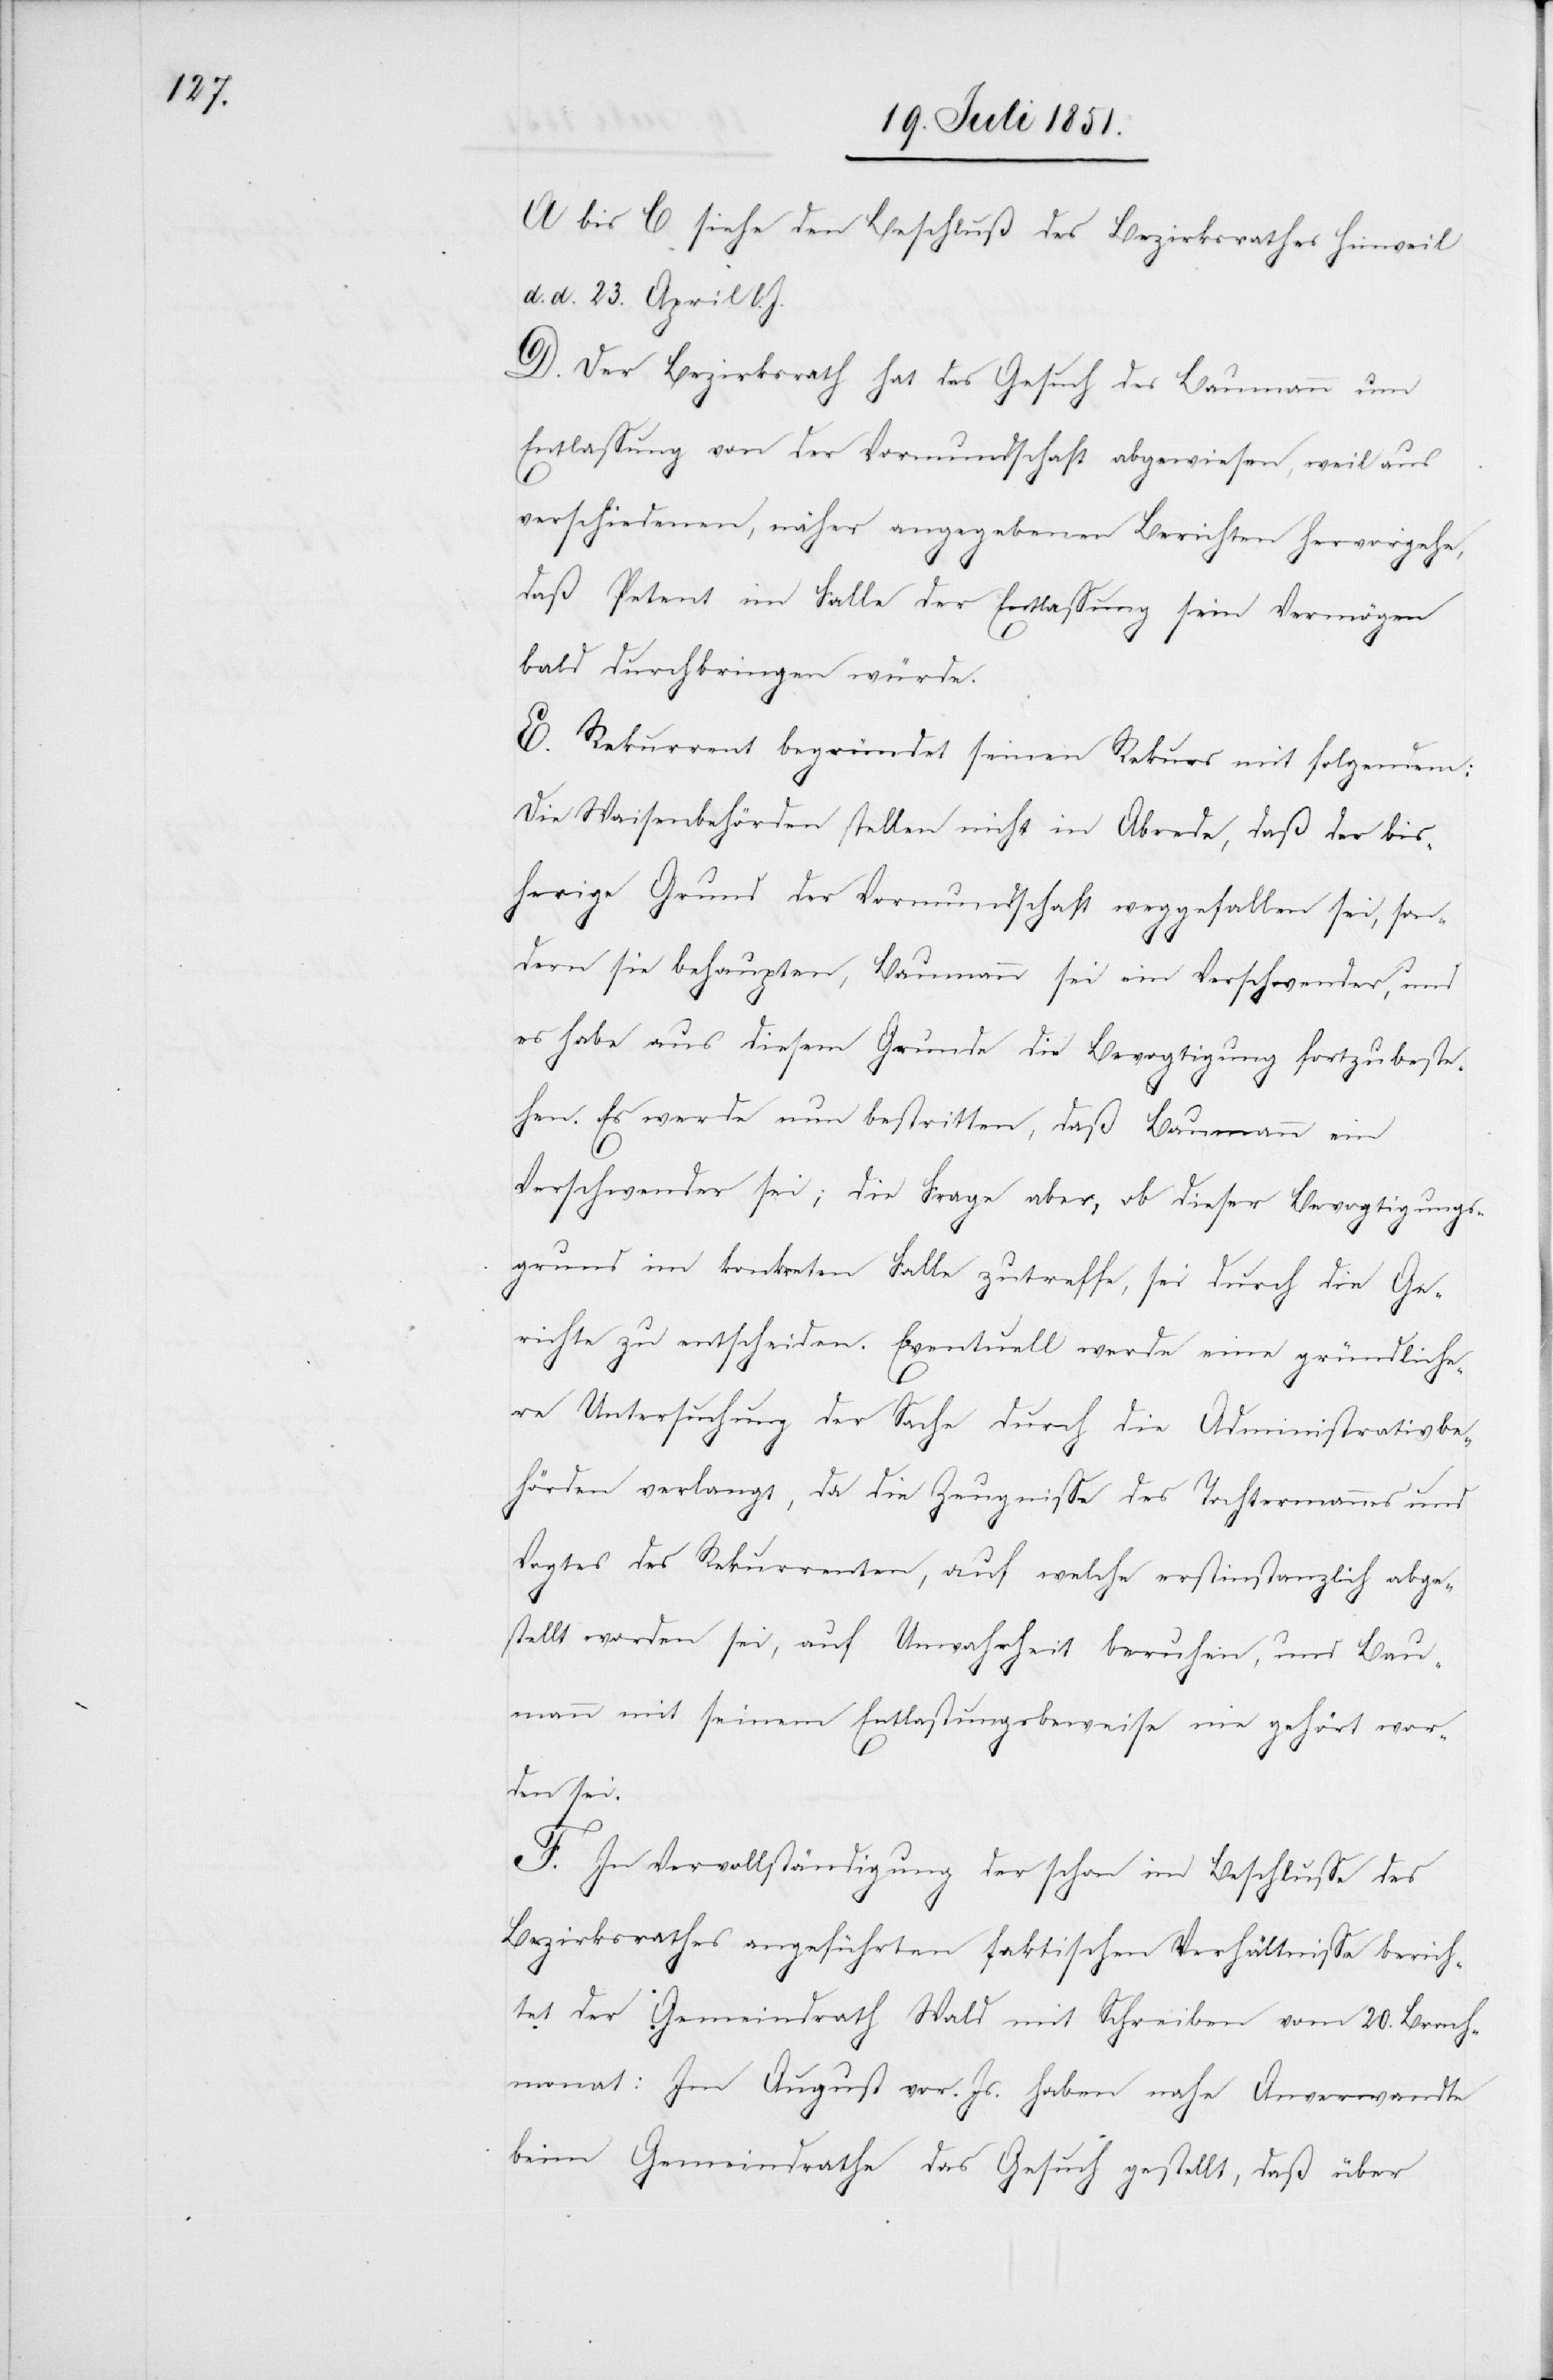
A bis C siehe den Beschluß des Bezirksrathes Hinweil
d. d. 23. April l. J.
D. Der Bezirksrath hat das Gesuch des Baumann um
Entlassung von der Vormundschaft abgewiesen, weil aus
verschiedenen, näher angegebenen Berichten hervorgehe,
daß Petent im Falle der Entlassung sein Vermögen
bald durchbringen würde.
E. Rekurrent begründet seinen Rekurs mit folgendem:
Die Waisenbehörden stellen nicht in Abrede, daß der bis¬
herige Grund der Vormundschaft weggefallen sei, son¬
dern sie behaupten, Baumann sei ein Verschwender, und
es habe aus diesem Grunde die Bevogtigung fortzubeste¬
hen. Es werde nun bestritten, daß Baumann ein
Verschwender sei; die Frage aber, ob dieser Bevogtigungs¬
grund im konkreten Falle zutreffe, sei durch die Ge¬
richte zu entscheiden. Eventuell werde eine gründliche¬
re Untersuchung der Sache durch die Administrativbe¬
hörden verlangt, da die Zeugnisse des Tochtermannes und
Vogtes des Rekurrenten, auf welche erstinstanzlich abge¬
stellt worden sei, auf Unwahrheit beruhen, und Bau¬
mann mit seinem Entlastungsbeweise nie gehört wor¬
den sei.
F. In Vervollständigung der schon im Beschlusse des
Bezirksrathes angeführten faktischen Verhältnisse berich¬
tet der Gemeindrath Wald mit Schreiben vom 20. Brach¬
monat: Im August vor. Js. haben nahe Anverwandte
beim Gemeindrathe das Gesuch gestellt, daß über